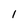
Character: l